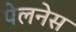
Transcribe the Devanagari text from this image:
पेलनेस